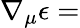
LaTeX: \nabla_{\mu}\epsilon=